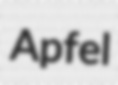
Apfel